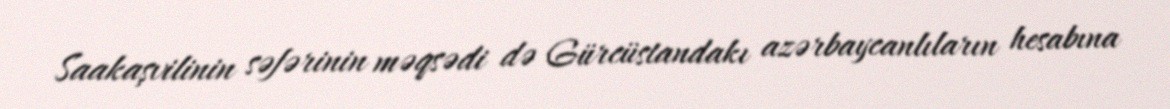
Saakaşvilinin səfərinin məqsədi də Gürcüstandakı azərbaycanlıların hesabına